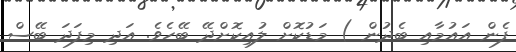
ފެން އައުމާއި ބެދުން ) މަޑުކޮށް ލުއިކޮށްދޭ ބޭހެވެ. އަދި މިފަދަ ބޭސް